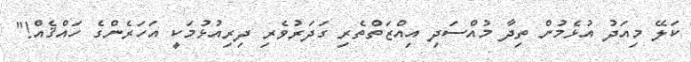
ކަލޭ މިއަދު އުޅެމުން ތިދާ މުއްސަދި އިއްޒަތްތެރި ގަދަރުވެރި ދިރިއުޅުމަކީ އަހަރެންގެ ހައްޤެއް!"